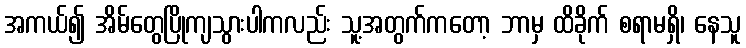
အကယ်၍ အိမ်တွေပြိုကျသွားပါကလည်း သူ့အတွက်ကတော့ ဘာမှ ထိခိုက် စရာမရှိ၊ နေသူ